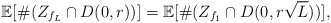
\begin{align*} \mathbb E[\#(Z_{f_L}\cap D(0,r))]= \mathbb E[\#(Z_{f_1}\cap D(0,r\sqrt L))],\end{align*}